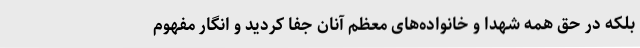
بلکه در حق همه شهدا و خانواده‌های معظم آنان جفا کردید و انگار مفهوم